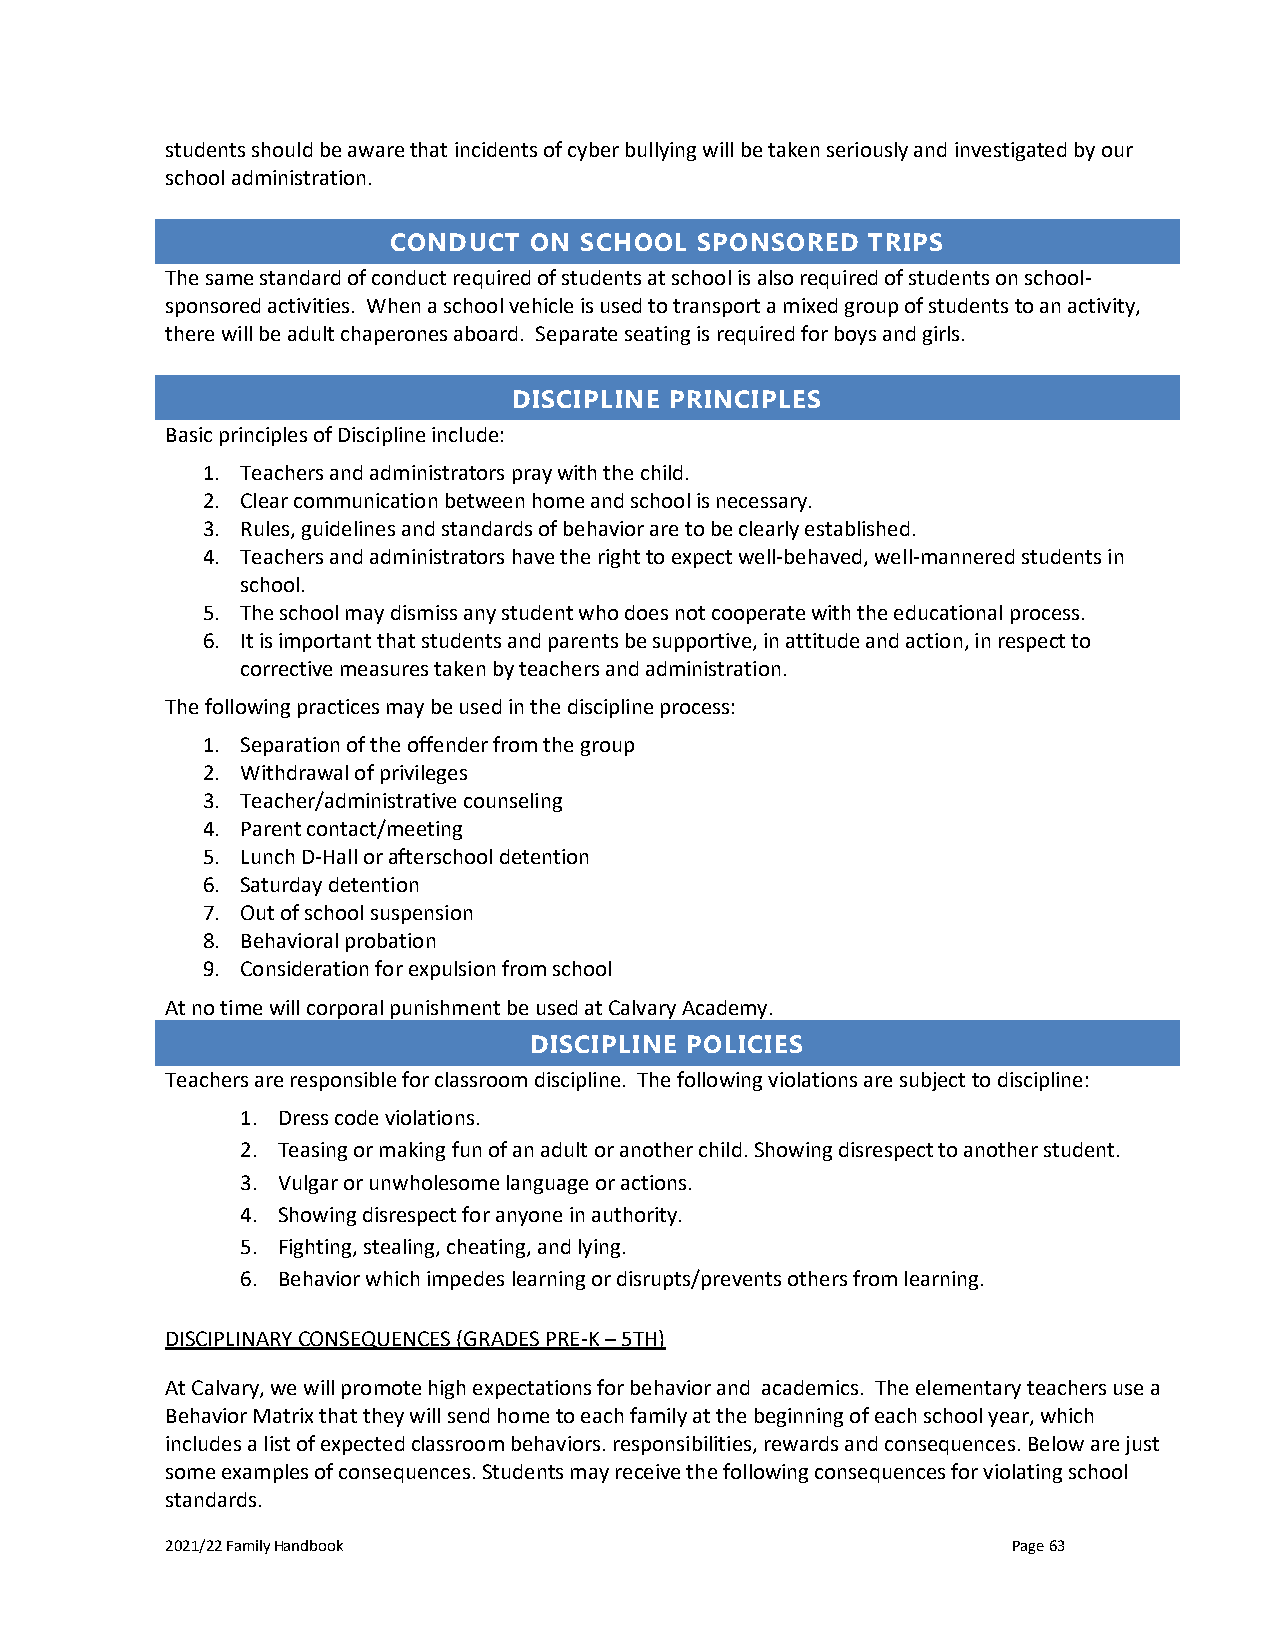
students should be aware that incidents of cyber bullying will be taken seriously and investigated by our
 school administration.
 CONDUCT  ON SCHOOL  SPONSORED  TRIPS
 The same standard of conduct required of students at school is also required of students on school-
 sponsored activities. When a school vehicle is used to transport a mixed group of students to an activity,
 there will be adult chaperones aboard. Separate seating is required for boys and girls.
 DISCIPLINE PRINCIPLES
 Basic principles of Discipline include:
 1. Teachers and administrators pray with the child.
 2. Clear communication between home and school is necessary.
 3. Rules, guidelines and standards of behavior are to be clearly established.
 4. Teachers and administrators have the right to expect well-behaved, well-mannered students in
 school.
 5. The school may dismiss any student who does not cooperate with the educational process.
 6. It is important that students and parents be supportive, in attitude and action, in respect to
 corrective measures taken by teachers and administration.
 The following practices may be used in the discipline process:
 1. Separation of the offender from the group
 2. Withdrawal of privileges
 3. Teacher/administrative counseling
 4. Parent contact/meeting
 5. Lunch D-Hall or afterschool detention
 6. Saturday detention
 7. Out of school suspension
 8. Behavioral probation
 9. Consideration for expulsion from school
 At no time will corporal punishment be used at Calvary Academy.
 DISCIPLINE POLICIES
 Teachers are responsible for classroom discipline. The following violations are subject to discipline:
 1. Dress code violations.
 2. Teasing or making fun of an adult or another child. Showing disrespect to another student.
 3. Vulgar or unwholesome language or actions.
 4. Showing disrespect for anyone in authority.
 5. Fighting, stealing, cheating, and lying.
 6. Behavior which impedes learning or disrupts/prevents others from learning.
 DISCIPLINARY CONSEQUENCES (GRADES PRE-K – 5TH)
 At Calvary, we will promote high expectations for behavior and academics. The elementary teachers use a
 Behavior Matrix that they will send home to each family at the beginning of each school year, which
 includes a list of expected classroom behaviors. responsibilities, rewards and consequences. Below are just
 some examples of consequences. Students may receive the following consequences for violating school
 standards.
 2021/22 Family Handbook                                 Page 63